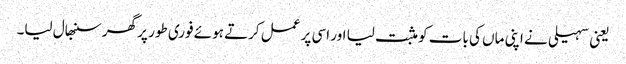
یعنی سہیلی نے اپنی ماں کی بات کو مثبت لیا اور اسی پر عمل کرتے ہوئے فوری طور پر گھر سنبھال لیا۔